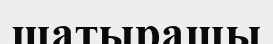
шатырашы